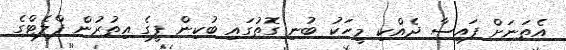
އެތަނަށް ފައިސާ ދެއްކި މީހަކު ބުނި ގޮތުގައި ބުކިން ފީގެ އިތުރުން ފްލެޓްގެ